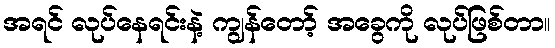
အရင် လုပ်နေရင်းနဲ့ ကျွန်တော့် အခွေကို လုပ်ဖြစ်တာ။